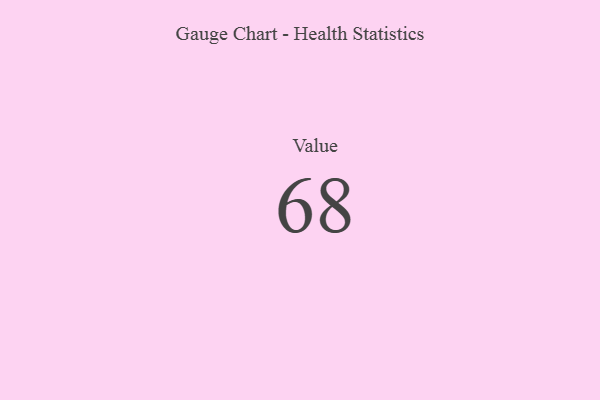
{"axis": {"x": "Metric", "y": "Value"}, "legend": [""], "data": [{"x": "Value", "y": 68, "type": ""}]}